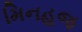
મિનહજ